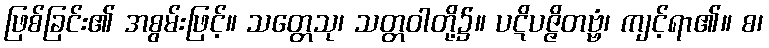
ဖြစ်ခြင်း၏ အစွမ်းဖြင့်။ သတ္တေသု၊ သတ္တဝါတို့၌။ ပဋိပဇ္ဇိတဗ္ဗံ၊ ကျင့်ရာ၏။ စ၊